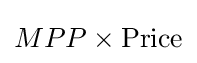
MPP\times {\text{Price}}